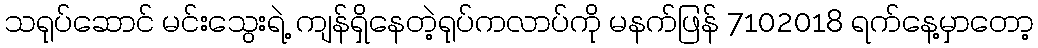
သရုပ်ဆောင် မင်းသွေးရဲ့ ကျန်ရှိနေတဲ့ရုပ်ကလာပ်ကို မနက်ဖြန် 7102018 ရက်နေ့မှာတော့